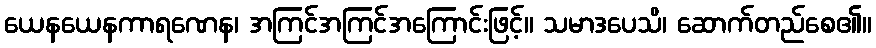
ယေနယေနကာရဏေန၊ အကြင်အကြင်အကြောင်းဖြင့်။ သမာဒပေသိ၊ ဆောက်တည်စေ၏။